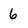
Character: 6